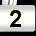
Digit: 2